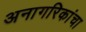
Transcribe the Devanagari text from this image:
अनागरिकांचा